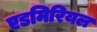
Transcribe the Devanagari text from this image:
एडमिरियल